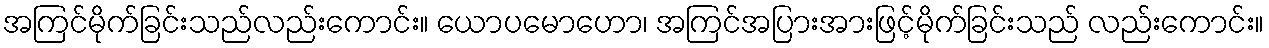
အကြင်မိုက်ခြင်းသည်လည်းကောင်း။ ယောပမောဟော၊ အကြင်အပြားအားဖြင့်မိုက်ခြင်းသည် လည်းကောင်း။